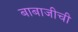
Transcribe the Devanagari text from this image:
बाबाजीची